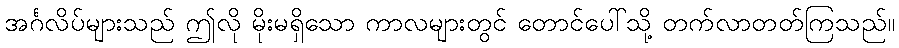
အင်္ဂလိပ်များသည် ဤလို မိုးမရှိသော ကာလများတွင် တောင်ပေါ်သို့ တက်လာတတ်ကြသည်။